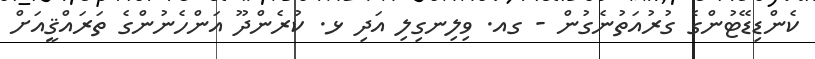
ކެންޑިޑޭޓުންގެ ގުރުއަތުނެގުން - ގއ. ވިލިނގިލި އަދި ޅ. ކުރެންދޫ އަންހެނުންގެ ތަރައްޤީއަށް